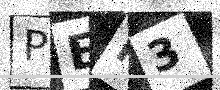
Text: PEH3